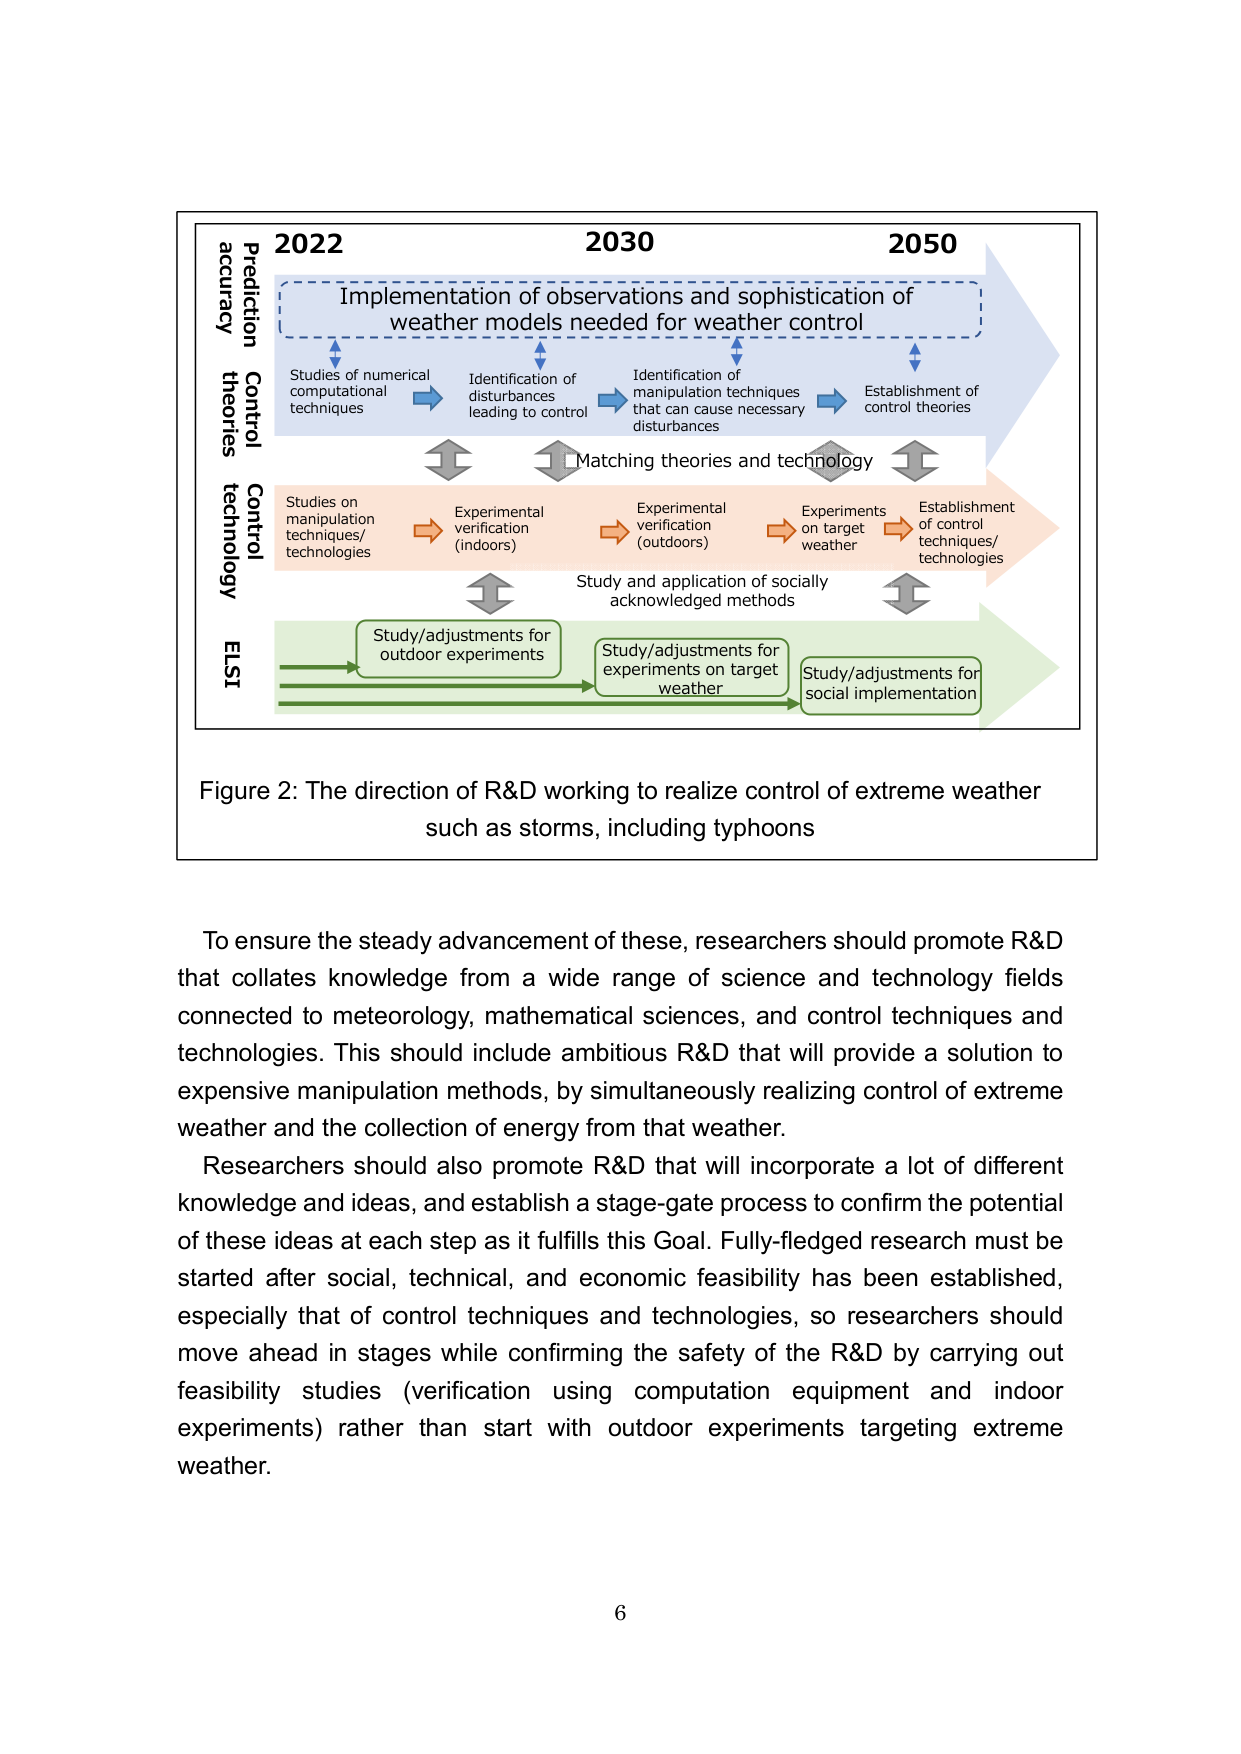
2022
2030
2050
Implementation of observations and sophistication of
weather models needed for weather control
Studies of numerical
computational
techniques
Identification of
disturbances
leading to control
Identification of
manipulation techniques
that can cause necessary
disturbances
Establishment of
control theories
Matching theories and technology
Studies on
manipulation
techniques/
technologies
Experimental
verification
(indoors)
Experimental
verification
(outdoors)
Experiments
on target
weather
Establishment
of control
techniques/
technologies
Study and application of socially
acknowledged methods
Study/adjustments for
outdoor experiments
Study/adjustments for
experiments on target
weather
Study/adjustments for
social implementation
Prediction
accuracy
Control
theories
Control
technology
ELSI
Figure 2: The direction of R&D working to realize control of extreme weather
such as storms, including typhoons
To ensure the steady advancement of these, researchers should promote R&D
that collates knowledge from a wide range of science and technology fields
connected to meteorology, mathematical sciences, and control techniques and
technologies. This should include ambitious R&D that will provide a solution to
expensive manipulation methods, by simultaneously realizing control of extreme
weather and the collection of energy from that weather.
Researchers should also promote R&D that will incorporate a lot of different
knowledge and ideas, and establish a stage-gate process to confirm the potential
of these ideas at each step as it fulfills this Goal. Fully-fledged research must be
started after social, technical, and economic feasibility has been established,
especially that of control techniques and technologies, so researchers should
move ahead in stages while confirming the safety of the R&D by carrying out
feasibility studies (verification using computation equipment and indoor
experiments) rather than start with outdoor experiments targeting extreme
weather.
6